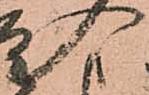
入